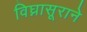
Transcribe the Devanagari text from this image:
विघ्नासूराने